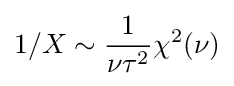
1/X\sim {\frac {1}{\nu \tau ^{2}}}\chi ^{2}(\nu )